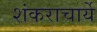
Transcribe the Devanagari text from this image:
शंकराचार्ये